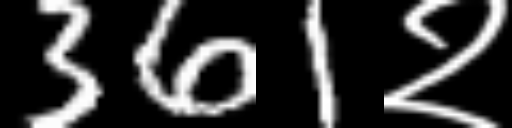
Text: 361२